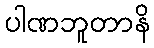
ပါဏဘူတာနိ